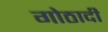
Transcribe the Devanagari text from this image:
गोठादी